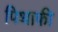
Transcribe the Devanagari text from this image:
पिथाफी